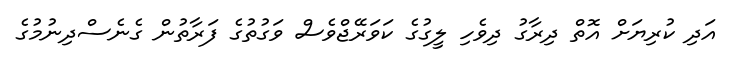
އަދި ކުރިޔަށް އޮތް ދިރާގު ދިވެހި ލީގުގެ ކަވަރޭޖްވެސް ވަގުތުގެ ފަރާތުން ގެނެސްދިނުމުގެ